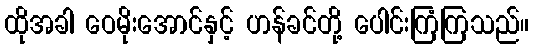
ထိုအခါ ဝေမိုးအောင်နှင့် ဟန်ခင်တို့ ပေါင်းကြံကြသည်။